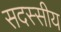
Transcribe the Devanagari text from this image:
सदस्सीय